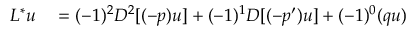
\begin{array} { r l } { L ^ { * } u } & { { } { } = ( - 1 ) ^ { 2 } D ^ { 2 } [ ( - p ) u ] + ( - 1 ) ^ { 1 } D [ ( - p ^ { \prime } ) u ] + ( - 1 ) ^ { 0 } ( q u ) } \end{array}